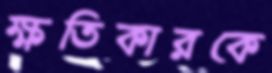
ক্ষতিকারকে